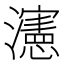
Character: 瀗